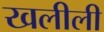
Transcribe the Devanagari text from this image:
खलीली